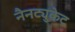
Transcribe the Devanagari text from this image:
नैनट्युकेट